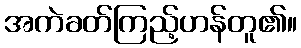
အကဲခတ်ကြည့်ဟန်တူ၏။